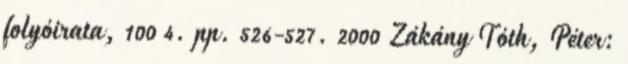
folyóirata, 100 4. pp. 526-527. 2000 Zákány Tóth, Péter: